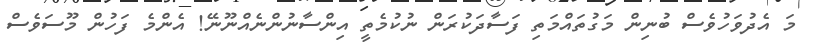
މަ އެދުވަހުވެސް ބުނިން މަގުތައްމަތި ފަސާދަކުރަން ނުކުމެތީ އިންސާނުންނެއްނޫނޭ! އެންމެ ފަހުން މޫސަވެސް